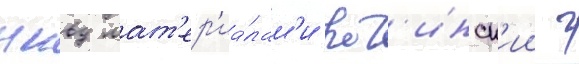
нквд мат'ер'иа́лам'и рог'инск'ии г